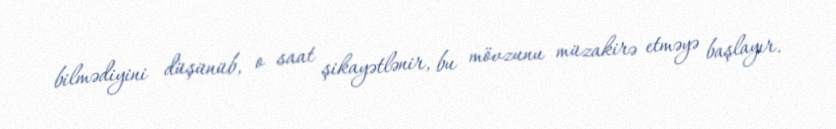
bilmədiyini düşünüb, o saat şikayətlənir, bu mövzunu müzakirə etməyə başlayır.